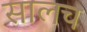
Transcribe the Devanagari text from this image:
सालच